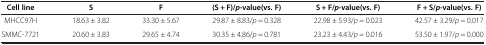
<table><thead><tr><td><b>Cell line</b></td><td><b>S</b></td><td><b>F</b></td><td><b>(S + F)/ <i>p </i>-value(vs. F)</b></td><td><b>S + F/ <i>p </i>-value(vs. F)</b></td><td><b>F + S/ <i>p </i>-value(vs. F)</b></td></tr></thead><tbody><tr><td>MHCC97H</td><td>18.63 ± 3.82</td><td>33.30 ± 5.67</td><td>29.87 ± 8.83/<i>p</i> = 0.328</td><td>22.98 ± 5.93/<i>p</i> = 0.023</td><td>42.57 ± 3.29/<i>p</i> = 0.017</td></tr><tr><td>SMMC-7721</td><td>20.60 ± 3.83</td><td>29.65 ± 4.74</td><td>30.35 ± 4.86/<i>p</i> = 0.781</td><td>23.23 ± 4.43/<i>p</i> = 0.016</td><td>53.50 ± 1.97/<i>p</i> = 0.000</td></tr></tbody></table>